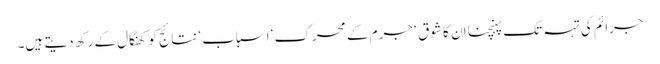
جرائم کی تہہ تک پہنچنا ان کا شوق ‘ جرم کے محرک ‘ اسباب ‘ نتائج کو کھنگال کے رکھ دیتے ہیں۔